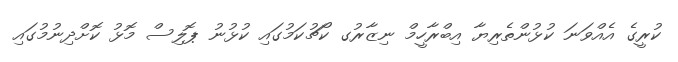
ކުރީގެ އެއްވަނަ ކުޅުންތެރިޔާ އިބްރާހީމް ނިޒާރުގ ކޯޗުކަމުގައި ކުޅުނު ޕޮލިސް މޮޅު ކޮށްދިނުމުގައި